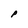
Character: P